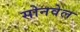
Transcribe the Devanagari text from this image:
सोनवेल